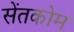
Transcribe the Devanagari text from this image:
सेंतकोम